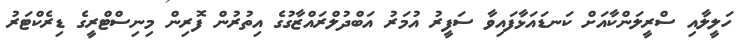
ހަލީލާއި ސްރީލަންކާއަށް ކަނޑައަޅާފައިވާ ސަފީރު އުމަރު އަބްދުލްރައްޒާގުގެ އިތުރުން ފޮރިން މިނިސްޓްރީގެ ޑިރެކްޓަރު